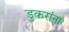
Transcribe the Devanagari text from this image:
डुकरांना